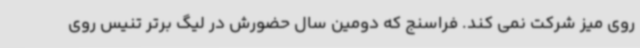
روی میز شرکت نمی کند. فراسنج که دومین سال حضورش در لیگ برتر تنیس روی